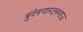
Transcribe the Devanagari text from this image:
बुंदेसगारटनशाऊ